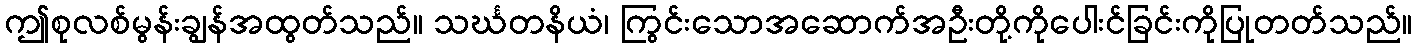
ဤစုလစ်မွန်းချွန်အထွတ်သည်။ သင်္ဃတနိယံ၊ ကြွင်းသောအဆောက်အဦးတို့ကိုပေါးင်ခြင်းကိုပြုတတ်သည်။